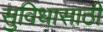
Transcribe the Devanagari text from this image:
सुविधासाठी